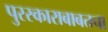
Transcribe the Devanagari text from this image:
पुरस्काराबाबतचा